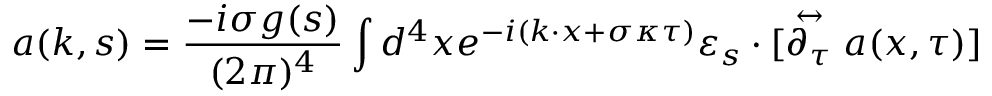
a ( k , s ) = \frac { - i \sigma g ( s ) } { ( 2 \pi ) ^ { 4 } } \int d ^ { 4 } x e ^ { - i ( k \cdot x + \sigma \kappa \tau ) } \varepsilon _ { s } \cdot [ \stackrel { \leftrightarrow } { \partial _ { \tau } } a ( x , \tau ) ]